Tezpur Lunatic Asylum reports 1877-1894 - 1877-1894
Year: 1877
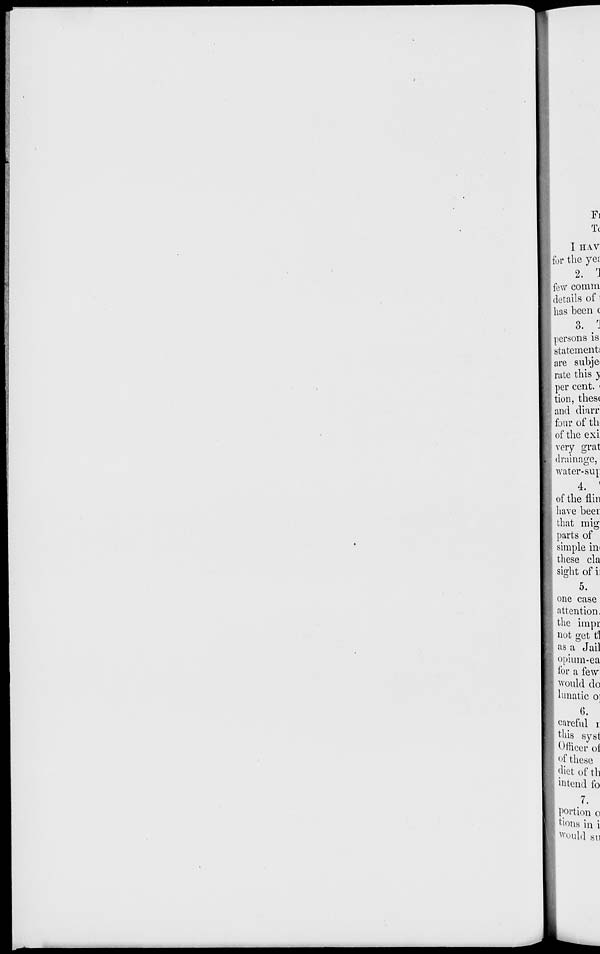
Tc
I HAV
| for the ye;
2. r J
| few co mm
details of !
has been c
3. /J
persons is
statement!
are subje<
rate this 5
per cent. <
tion, thes(
and diarr
four of tli
of the exi
very grat
drainage,
water-sup
4. '
of the flin
have beer
that mig
parts of
simple im
tliese cla
sight of i;
5.
one case
attention.
the impr
not get t]
as a Jail
opium-ea
for a few
would do
lunatic o 1
6.
careful r
this syst
Officer of
( >f these
diet of th
intend fo
7.
Portion o
tions in i
^ouhl BU